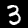
Digit: 3